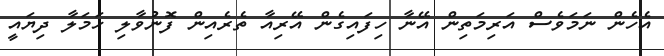
އެހެން ނަމަވެސް އަރިމަތިން އޭނާ ހިފައިގެން އޭރިއާ ތެރެއިން ފޮނުވާލި ހަމަލާ ދިޔައީ